Report on sanitation, dispensaries, and jails in Rajputana for 1914, and on vaccination for the year 1914-1915 - 1914-1915
Year: 1914
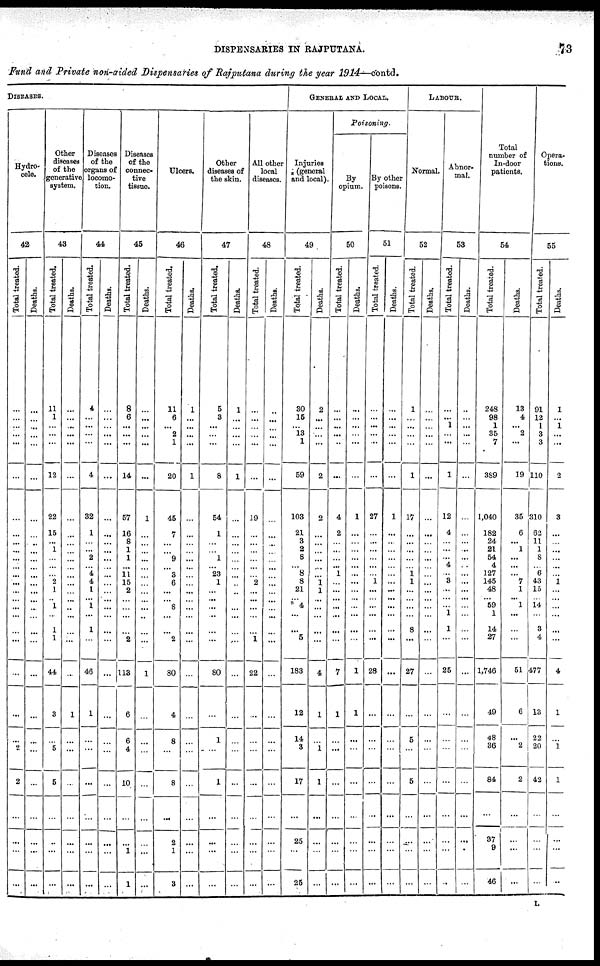
DISPENSARIES IN RAJPUTANA.
73
Fund and Private non-aided Dispensaries of Rajputana during the year 1914—contd.
DISEASES.
Hydro¬
cele.
42
Total treated.
...
...
...
...
...
...
...
...
...
...
...
...
...
...
...
...
...
...
...
...
...
...
...
...
2
...
...
...
...
Deaths.
...
...
...
...
...
...
...
...
...
...
...
...
...
...
...
...
...
...
...
...
...
...
...
...
...
...
...
...
...
Other
diseases
of the
generative
system.
43
Total treated.
11
1
...
...
...
12
22
15
...
1
...
...
...
2
1
...
1
...
1
1
44
3
...
5
5
...
...
...
...
Deaths.
...
...
...
...
...
...
...
...
...
...
...
...
...
...
...
...
...
...
...
...
...
1
...
...
...
...
...
...
...
Diseases
of the
organs of
locomo-
tion.
44
Total treated.
4
...
...
...
...
4
32
1
...
...
2
...
4
4
1
...
1
...
1
...
46
1
...
...
...
...
...
...
...
Deaths.
...
...
...
...
...
...
...
...
...
...
...
...
...
...
...
...
...
...
...
...
...
...
...
...
...
...
...
...
...
Diseases
of the
connec-
tive
tissue.
45
Total treated.
8
6
...
...
...
14
57
16
8
1
1
...
11
15
2
...
...
...
...
2
118
6
6
4
10
...
...
1
1
Deaths.
...
...
...
...
...
...
1
...
...
...
...
...
...
...
...
...
...
...
...
...
1
...
...
...
...
...
...
...
...
Ulcers.
46
Total treated.
11
6
...
2
1
20
45
7
...
...
9
...
3
6
...
...
8
...
...
2
80
4
8
...
8
...
2
1
3
Deaths.
1
...
...
...
...
1
...
...
...
...
...
...
...
...
...
...
...
...
...
...
...
...
...
...
...
...
...
...
...
Other
diseases of
the skin.
47
Total treated.
5
3
...
...
...
8
54
1
...
...
1
...
23
1
...
...
...
...
...
...
80
...
1
...
1
...
...
...
...
Deaths.
1
...
...
...
...
1
...
...
...
...
...
...
...
...
...
...
...
...
...
...
...
...
...
...
...
...
...
...
...
All other
local
diseases.
48
Total treated.
...
...
...
...
...
...
19
...
...
...
...
...
...
2
...
...
...
...
...
1
22
...
...
...
...
...
...
...
...
Deaths.
...
...
...
...
...
...
...
...
...
...
...
...
...
...
...
...
...
...
...
...
...
...
...
...
...
...
...
...
...
GENERAL AND LOCAL
Injuries
(general
and local).
49
Total treated.
30
15
...
13
1
59
103
21
3
2
8
... 8
8
21
...
4
...
...
5
183
12
14
8
17
...
25
...
25
Deaths.
2
...
...
...
...
2
2
...
...
...
...
...
...
1
1
...
...
...
...
...
4
1
...
1
1
...
...
...
...
Poisoning.
By
opium.
50
Total treated.
...
...
...
...
...
...
4
2
...
...
...
...
1
...
...
...
...
...
...
...
7
1
...
...
...
...
...
...
...
Deaths.
...
...
...
...
...
...
1
...
...
...
...
...
...
...
...
...
...
...
...
...
1
1
...
...
...
...
...
...
...
By other
poisons.
51
Total treated.
...
...
...
...
...
...
27
...
...
...
...
...
...
1
...
...
...
...
...
...
28
...
...
...
...
...
...
...
...
Deaths.
...
...
...
...
...
...
1
...
...
...
...
...
...
...
...
...
...
...
...
...
...
...
...
...
...
...
...
...
...
LABOUR.
Normal
52
Total treated.
1
...
...
...
...
1
17
...
...
...
...
...
1
1
...
...
...
...
8
...
27
...
5
...
5
...
...
...
...
Deaths.
...
...
...
...
...
...
...
...
...
...
...
...
...
...
...
...
...
...
...
...
...
...
...
...
...
...
...
...
...
Abnor-
mal.
53
Total treated.
...
...
1
...
...
1
12
4
...
...
...
4
...
3
...
...
...
1
1
...
25
...
...
...
...
...
...
...
...
Deaths.
...
...
...
...
...
...
...
...
...
...
...
...
...
...
...
...
...
...
...
...
...
...
...
...
...
...
...
...
...
Total
number of
In-door
patients.
54
Total treated.
248
98
1
35
7
389
1,040
182
24
21
54
4
127
145
48
...
59
1
14
27
1,746
49
48
36
84
...
37
9
46
Deaths.
13
4
...
2
...
19
35
6
... 1
...
...
...
7
1
1
1
...
...
...
51
6
...
2
2
...
...
...
...
Opera-
tions.
55
Total treated.
91
12
1
3
3
110
310
62
11
1
8
...
6
43
15
...
14
...
3
4
477
13
22
20
43
...
...
...
...
Deaths.
1
...
1
...
...
2
3
...
...
...
...
...
...
1
...
...
...
...
...
...
4
1
...
1
1
...
...
...
...
L